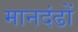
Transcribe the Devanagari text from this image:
मानदंढों